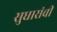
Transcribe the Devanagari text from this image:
सुधारांची